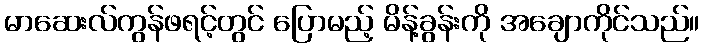
မာဆေးလ်ကွန်ဖရင့်တွင် ပြောမည့် မိန့်ခွန်းကို အချောကိုင်သည်။